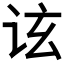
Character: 𬣤